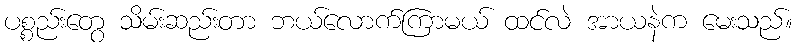
ပစ္စည်းတွေ သိမ်းဆည်းတာ ဘယ်လောက်ကြာမယ် ထင်လဲ အာယနဲက မေးသည်။